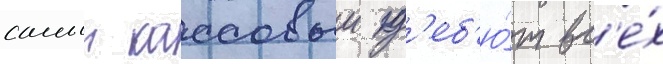
самыи кассовыи д'еб'ю́т вс'е́х